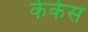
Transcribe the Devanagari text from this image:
केकेस